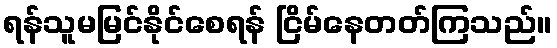
ရန်သူမမြင်နိုင်စေရန် ငြိမ်နေတတ်ကြသည်။